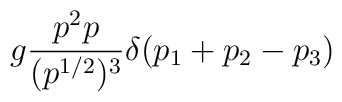
g\frac{p^2 p}{(p^{1/2})^3}\delta (p_1+p_2-p_3)